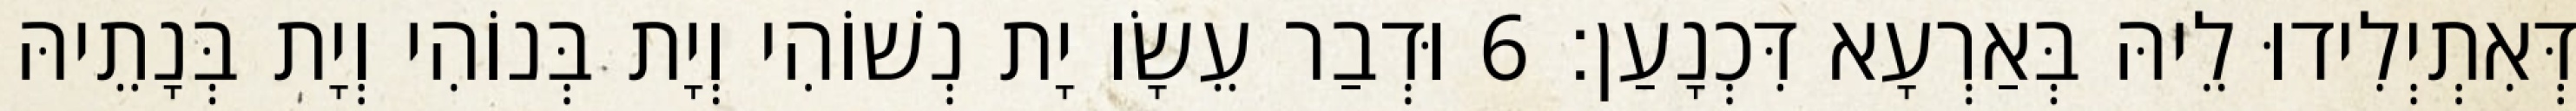
דְּאִתְיְלִידוּ לֵיהּ בְּאַרְעָא דִּכְנָעַן׃ 6 וּדְבַר עֵשָׂו יָת נְשׁוֹהִי וְיָת בְּנוֹהִי וְיָת בְּנָתֵיהּ